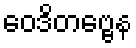
ဝေဒိတဗ္ဗေန